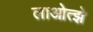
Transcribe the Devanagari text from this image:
लाओत्झे